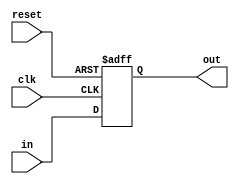
`timescale 1ns / 1ps

module DFF32(
    input clk,
    input reset,
    input [31:0] in,
    output reg [31:0] out
    );
    
    always @(posedge clk or negedge reset) begin
        if(reset == 0) out <= 32'b0;
        else out <= in;
    end
    
endmodule